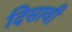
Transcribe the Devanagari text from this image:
दिसावी